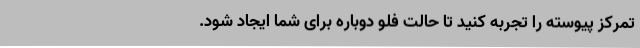
تمرکز پیوسته را تجربه کنید تا حالت فلو دوباره برای شما ایجاد شود.